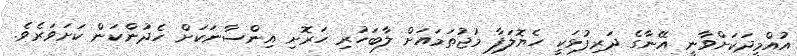
އުއްމީދަކަށްވާނީ އޭނާގެ ދަރިފުޅަކީ ހެޔޮލަފާ މުޖުތަމައަށް ލާބަހުރި ހަރޮށި އިންސާނަކަށް ހެދުންކަން ކަށަވަރެވެ.